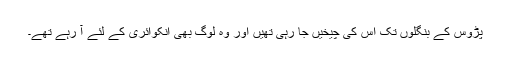
پڑوس کے بنگلوں تک اُس کی چیخیں جا رہی تھیں اور وہ لوگ بھی انکوائری کے لئے آ رہے تھے۔